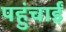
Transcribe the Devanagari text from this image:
पहुंचाईं